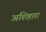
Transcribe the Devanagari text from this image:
अशिहारा